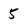
Character: 5